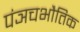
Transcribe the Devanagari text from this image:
पंञचभौतिक